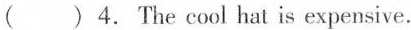
( ) 4.The cool hat is expensive.